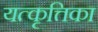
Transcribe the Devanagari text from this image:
यत्कृत्तिका